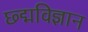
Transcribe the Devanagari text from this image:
छ्द्मविज्ञान